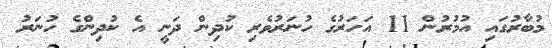
މުބާރުގައި އުމުރުން 11 އަހަރުގެ ހުނަރުވެރި ކުދިން ދަނީ އެ ކުދިންގެ ހުނަރު